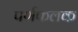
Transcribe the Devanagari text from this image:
पर्णफलक